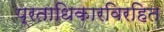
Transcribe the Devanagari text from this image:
प्रताधिकारविरहित